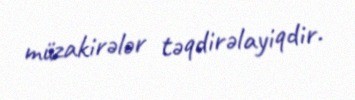
müzakirələr təqdirəlayiqdir.